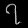
Digit: ၇